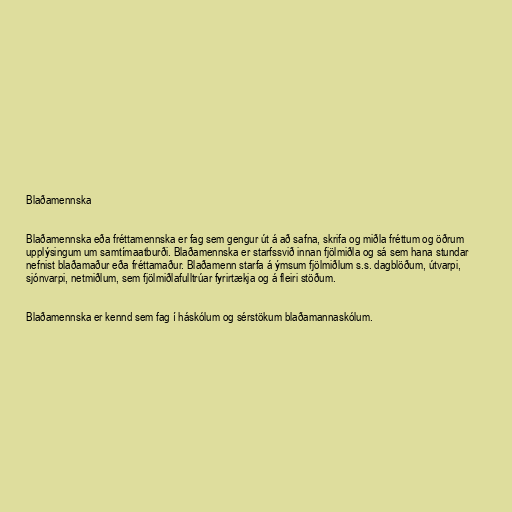
Blaðamennska

Blaðamennska eða fréttamennska er fag sem gengur út á að safna, skrifa og miðla fréttum og öðrum
upplýsingum um samtímaatburði. Blaðamennska er starfssvið innan fjölmiðla og sá sem hana stundar
nefnist blaðamaður eða fréttamaður. Blaðamenn starfa á ýmsum fjölmiðlum s.s. dagblöðum, útvarpi,
sjónvarpi, netmiðlum, sem fjölmiðlafulltrúar fyrirtækja og á fleiri stöðum.

Blaðamennska er kennd sem fag í háskólum og sérstökum blaðamannaskólum.